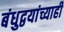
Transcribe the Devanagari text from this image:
बंधुद्वयांच्याही